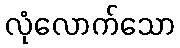
လုံလောက်သော